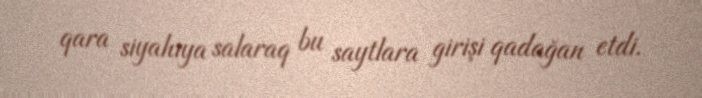
qara siyahıya salaraq bu saytlara girişi qadağan etdi.